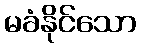
မခံနိုင်သော